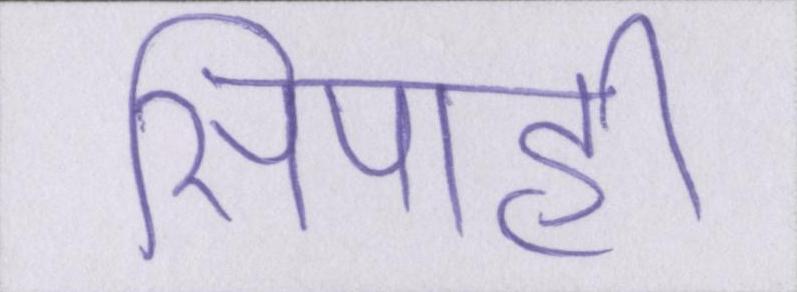
सिपाही